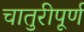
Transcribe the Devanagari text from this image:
चातुरीपूर्ण